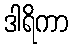
ဒါရိကာ